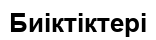
Биіктіктері